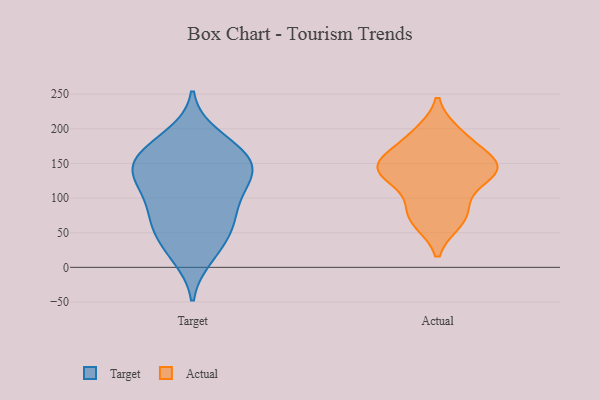
{"axis": {"x": "Shipments", "y": "Value"}, "legend": ["Actual", "Target"], "data": [{"x": "", "y": 172, "type": "Target"}, {"x": "", "y": 58, "type": "Target"}, {"x": "", "y": 151, "type": "Target"}, {"x": "", "y": 178, "type": "Target"}, {"x": "", "y": 77, "type": "Target"}, {"x": "", "y": 128, "type": "Target"}, {"x": "", "y": 130, "type": "Target"}, {"x": "", "y": 22, "type": "Target"}, {"x": "", "y": 112, "type": "Target"}, {"x": "", "y": 130, "type": "Target"}, {"x": "", "y": 62, "type": "Target"}, {"x": "", "y": 45, "type": "Target"}, {"x": "", "y": 154, "type": "Target"}, {"x": "", "y": 150, "type": "Target"}, {"x": "", "y": 78, "type": "Target"}, {"x": "", "y": 152, "type": "Target"}, {"x": "", "y": 15, "type": "Target"}, {"x": "", "y": 191, "type": "Target"}, {"x": "", "y": 103, "type": "Target"}, {"x": "", "y": 133, "type": "Actual"}, {"x": "", "y": 149, "type": "Actual"}, {"x": "", "y": 67, "type": "Actual"}, {"x": "", "y": 88, "type": "Actual"}, {"x": "", "y": 72, "type": "Actual"}, {"x": "", "y": 193, "type": "Actual"}, {"x": "", "y": 148, "type": "Actual"}, {"x": "", "y": 153, "type": "Actual"}, {"x": "", "y": 138, "type": "Actual"}, {"x": "", "y": 132, "type": "Actual"}, {"x": "", "y": 185, "type": "Actual"}]}